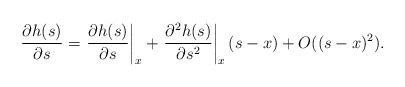
\begin{align*}\begin{aligned}\dfrac{\partial h(s)}{\partial s} &= \left.\dfrac{\partial h(s)}{\partial s}\right|_x + \left.\dfrac{\partial^2 h(s)}{\partial s^2}\right|_x(s-x)+ O((s-x)^2).\\\end{aligned}\end{align*}